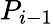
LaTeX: P_{i-1}